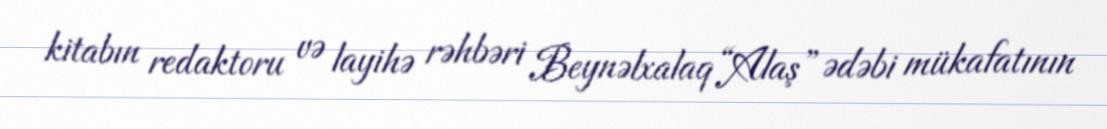
kitabın redaktoru və layihə rəhbəri Beynəlxalaq “Alaş” ədəbi mükafatının